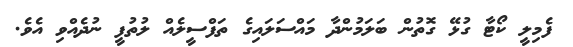
ފެމިލީ ކޯޓާ ގުޅޭ ގޮތުން ބަލަމުންދާ މައްސަލައިގެ ތަފްސީލެއް ލުތުފީ ނުދެއްވި އެވެ.